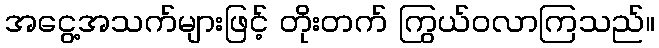
အငွေ့အသက်များဖြင့် တိုးတက် ကြွယ်ဝလာကြသည်။